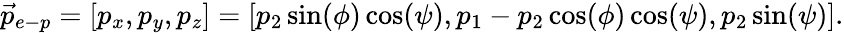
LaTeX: \vec{p}_{e-p}=[p_{x},p_{y},p_{z}]=[p_{2}\sin(\phi)\cos(\psi),p_{1}-p_{2}\cos(\phi)\cos(\psi),p_{2}\sin(\psi)].